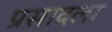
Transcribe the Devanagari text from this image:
प्रसादला